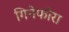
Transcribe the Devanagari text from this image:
गिनेफोरा